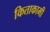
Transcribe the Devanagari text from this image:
किताकामी